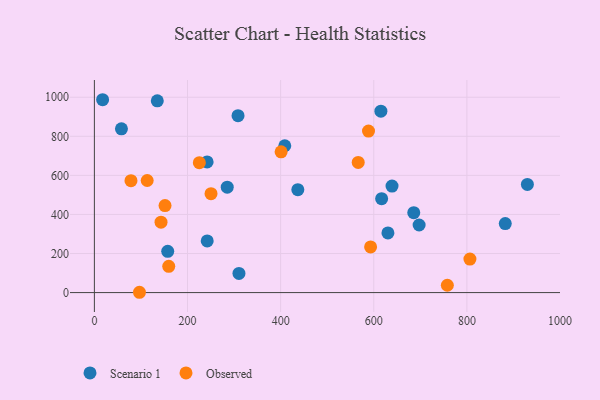
{"axis": {"x": "Experience", "y": "Rating"}, "legend": ["Observed", "Scenario 1"], "data": [{"x": "685.9", "y": 409.3, "type": "Scenario 1"}, {"x": "310.5", "y": 97.9, "type": "Scenario 1"}, {"x": "882.4", "y": 353.5, "type": "Scenario 1"}, {"x": "135.1", "y": 981.5, "type": "Scenario 1"}, {"x": "308.5", "y": 905.4, "type": "Scenario 1"}, {"x": "697.4", "y": 346.1, "type": "Scenario 1"}, {"x": "616.9", "y": 481.0, "type": "Scenario 1"}, {"x": "929.9", "y": 553.8, "type": "Scenario 1"}, {"x": "615.3", "y": 928.5, "type": "Scenario 1"}, {"x": "17.7", "y": 987.3, "type": "Scenario 1"}, {"x": "630.4", "y": 305.2, "type": "Scenario 1"}, {"x": "285.3", "y": 539.6, "type": "Scenario 1"}, {"x": "639.2", "y": 545.1, "type": "Scenario 1"}, {"x": "157.5", "y": 211.4, "type": "Scenario 1"}, {"x": "408.9", "y": 751.8, "type": "Scenario 1"}, {"x": "436.9", "y": 526.9, "type": "Scenario 1"}, {"x": "58.1", "y": 838.5, "type": "Scenario 1"}, {"x": "242.3", "y": 264.4, "type": "Scenario 1"}, {"x": "242.1", "y": 669.1, "type": "Scenario 1"}, {"x": "593.2", "y": 233.7, "type": "Observed"}, {"x": "758.0", "y": 37.5, "type": "Observed"}, {"x": "96.8", "y": 1.6, "type": "Observed"}, {"x": "588.7", "y": 826.9, "type": "Observed"}, {"x": "113.4", "y": 573.7, "type": "Observed"}, {"x": "250.5", "y": 506.2, "type": "Observed"}, {"x": "806.5", "y": 171.7, "type": "Observed"}, {"x": "151.7", "y": 445.3, "type": "Observed"}, {"x": "143.1", "y": 360.2, "type": "Observed"}, {"x": "159.7", "y": 134.3, "type": "Observed"}, {"x": "566.6", "y": 666.1, "type": "Observed"}, {"x": "78.6", "y": 572.7, "type": "Observed"}, {"x": "401.0", "y": 720.8, "type": "Observed"}, {"x": "225.4", "y": 665.2, "type": "Observed"}]}